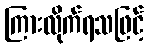
ကြားလိုက်ရသဖြင့်